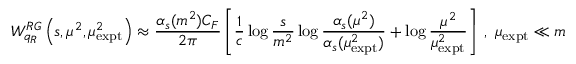
W _ { q _ { R } } ^ { R G } \left( s , \mu ^ { 2 } , \mu _ { \mathrm { e x p t } } ^ { 2 } \right) \approx \frac { \alpha _ { s } ( m ^ { 2 } ) C _ { F } } { 2 \pi } \left[ \frac { 1 } { c } \log \frac { s } { m ^ { 2 } } \log \frac { \alpha _ { s } ( \mu ^ { 2 } ) } { \alpha _ { s } ( \mu _ { \mathrm { e x p t } } ^ { 2 } ) } + \log \frac { \mu ^ { 2 } } { \mu _ { \mathrm { e x p t } } ^ { 2 } } \right] \; , \; \mu _ { \mathrm { e x p t } } \ll m